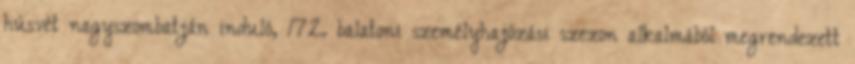
húsvét nagyszombatján induló, 172. balatoni személyhajózási szezon alkalmából megrendezett